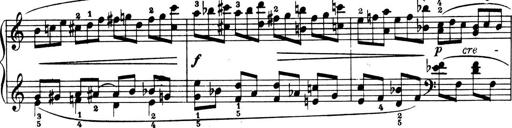
Title: 4 Sonatines
Composer: Max Reger